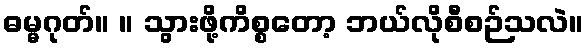
ဓမ္မဂုတ်။ ။ သွားဖို့ကိစ္စတော့ ဘယ်လိုစီစဉ်သလဲ။